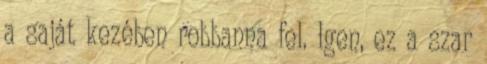
a saját kezében robbanna fel. Igen, ez a szar